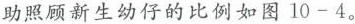
助照顾新生幼仔的比例如图10-4。